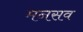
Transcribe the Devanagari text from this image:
मनसव